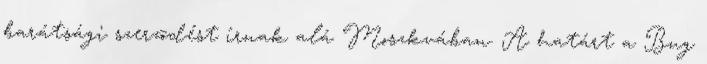
barátsági szerzõdést írnak alá Moszkvában. A határt a Bug